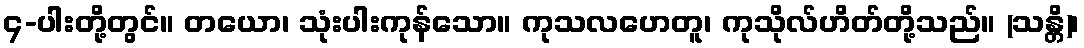
၄-ပါးတို့တွင်။ တယော၊ သုံးပါးကုန်သော။ ကုသလဟေတူ၊ ကုသိုလ်ဟိတ်တို့သည်။ (သန္တိ)၊